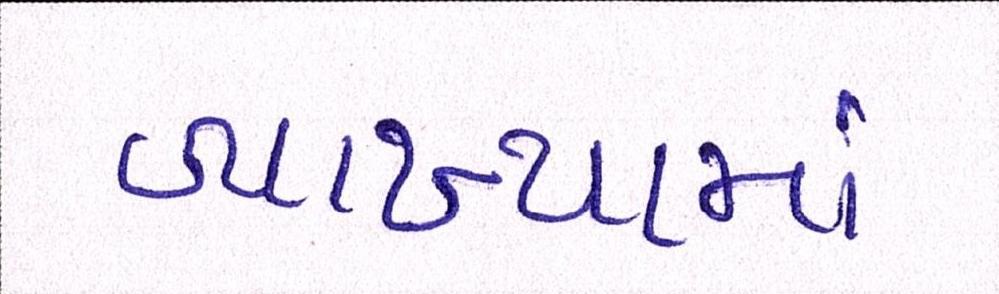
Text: વ્યાખ્યામાં